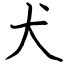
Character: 犬